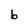
Character: b